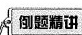
例题精讲